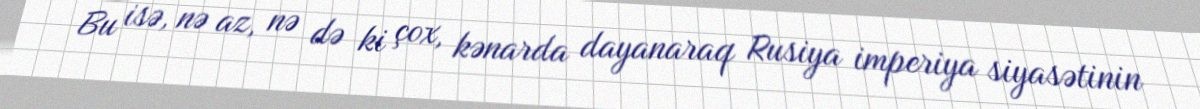
Bu isə, nə az, nə də ki çox, kənarda dayanaraq Rusiya imperiya siyasətinin